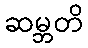
ဆမ္ဘတိ